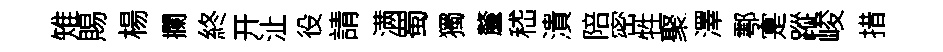
雉賜楊攔終开沚役請满蜀獨釐嵇潰陪密牲聚澤鄠寔蹤峻措